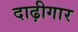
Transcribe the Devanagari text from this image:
दाढ़ीगार